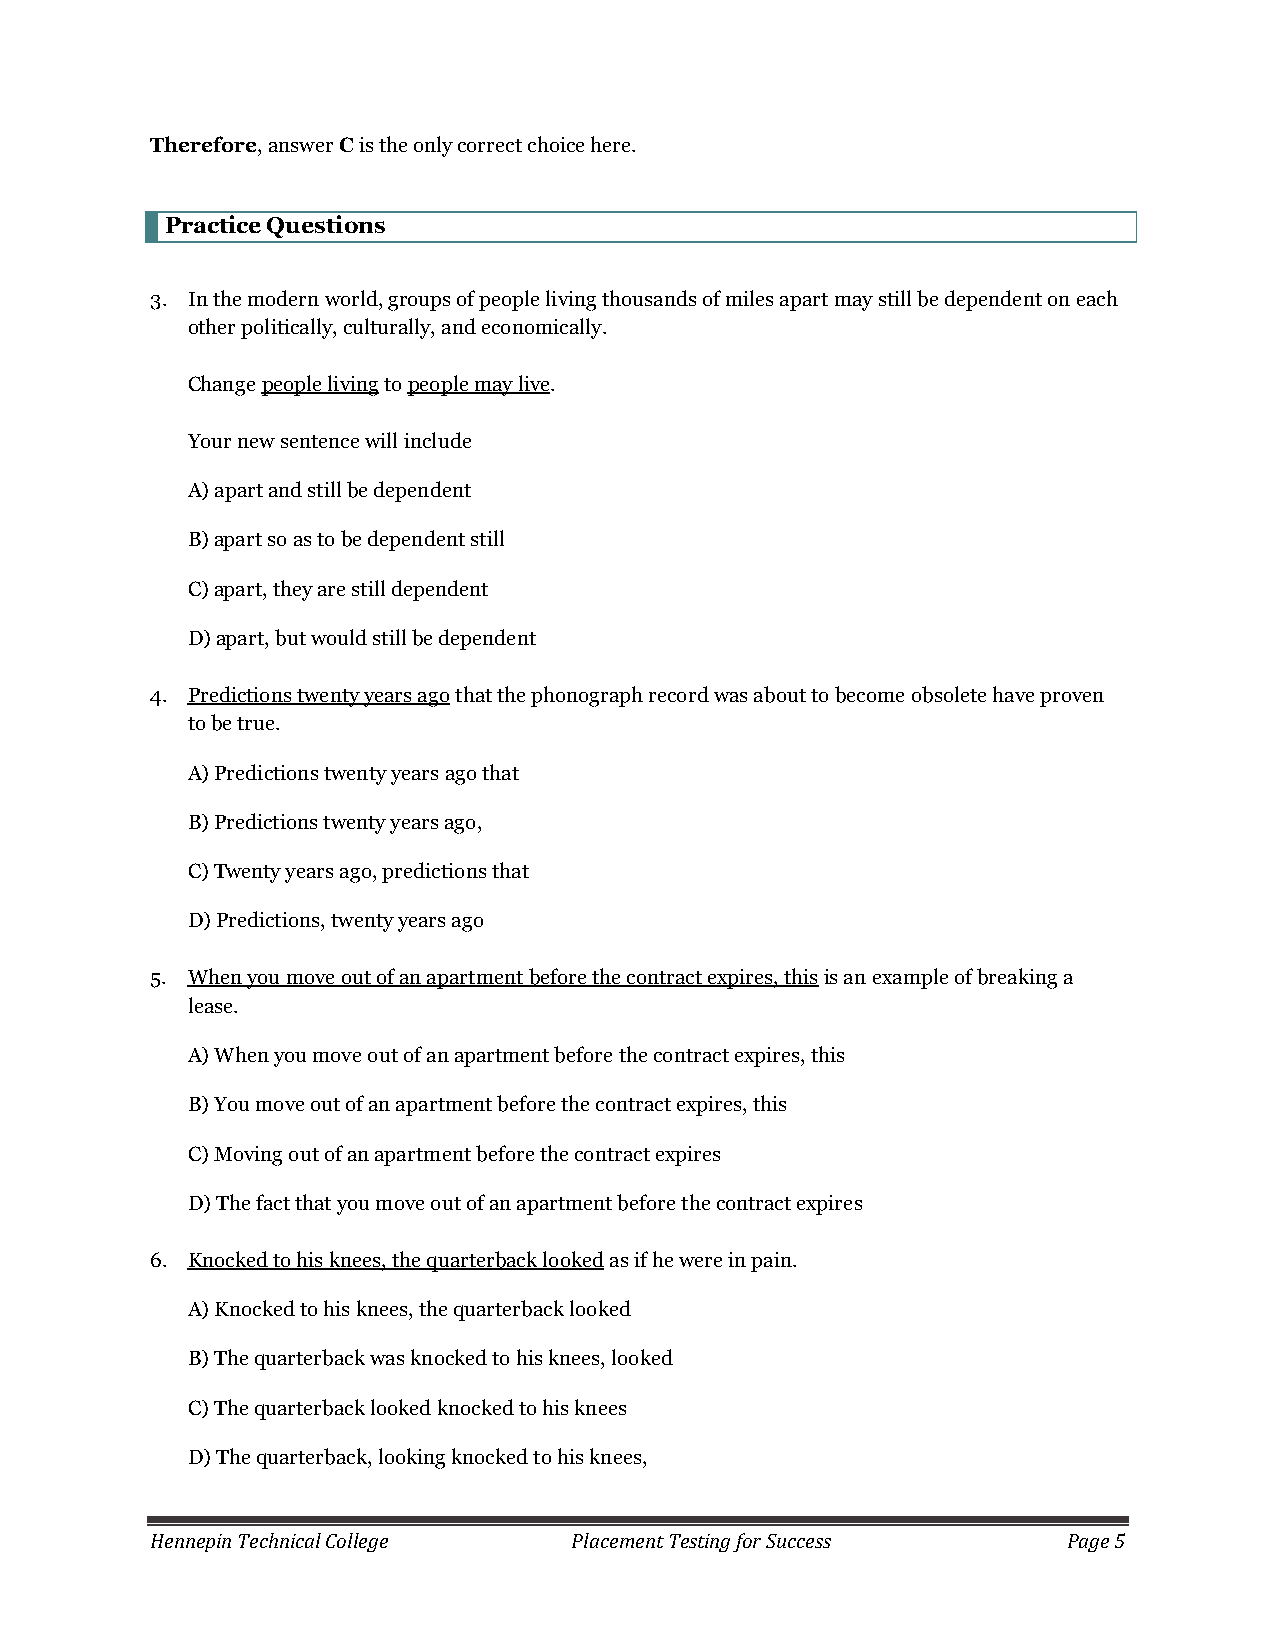
Therefore, answer C is the only correct choice here.
 Practice Questions
 3. In the modern world, groups of people living thousands of miles apart may still be dependent on each
 other politically, culturally, and economically.
 Change people living to people may live.
 Your new sentence will include
 A) apart and still be dependent
 B) apart so as to be dependent still
 C) apart, they are still dependent
 D) apart, but would still be dependent
 4. Predictions twenty years ago that the phonograph record was about to become obsolete have proven
 to be true.
 A) Predictions twenty years ago that
 B) Predictions twenty years ago,
 C) Twenty years ago, predictions that
 D) Predictions, twenty years ago
 5. When you move out of an apartment before the contract expires, this is an example of breaking a
 lease.
 A) When you move out of an apartment before the contract expires, this
 B) You move out of an apartment before the contract expires, this
 C) Moving out of an apartment before the contract expires
 D) The fact that you move out of an apartment before the contract expires
 6. Knocked to his knees, the quarterback looked as if he were in pain.
 A) Knocked to his knees, the quarterback looked
 B) The quarterback was knocked to his knees, looked
 C) The quarterback looked knocked to his knees
 D) The quarterback, looking knocked to his knees,
 Hennepin Technical College  Placement Testing for Success    Page 5